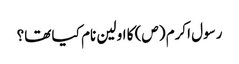
رسول اکرم (ص) کا اولین نام کیا تھا؟